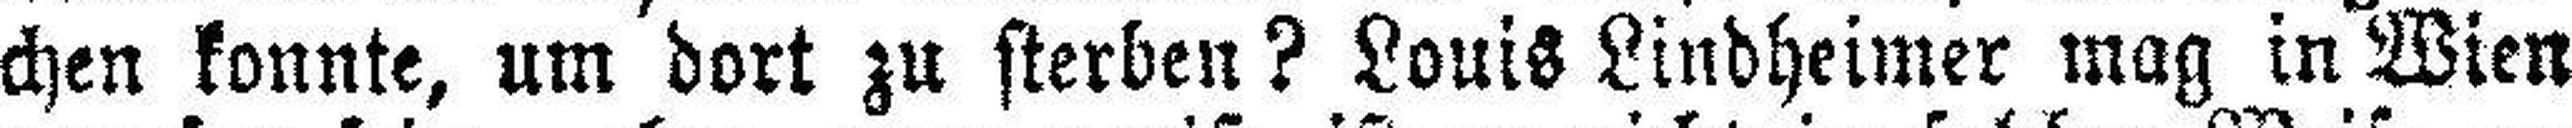
chen konnte, um dort zu sterben? Louis Lindheimer mag in Wien